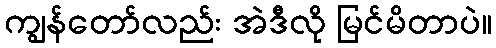
ကျွန်တော်လည်း အဲဒီလို မြင်မိတာပဲ။